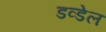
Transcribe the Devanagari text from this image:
डव्डेल